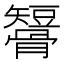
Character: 𥐒